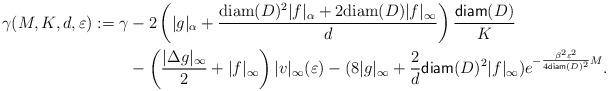
LaTeX: \begin{align*} \gamma(M,K,d,\varepsilon):= \gamma&-2\left(|g|_\alpha+\frac{{\rm diam}(D)^2|f|_\alpha+2{\rm diam}(D)|f|_\infty}{d}\right)\frac{{\sf diam}(D)}{K}\\&-\left(\frac{|\Delta g|_{\infty}}{2} + |f|_\infty \right)|v|_{\infty}(\varepsilon) - (8|g|_\infty+ \frac{2}{d}{\sf diam}(D)^2|f|_\infty)e^{-\frac{\beta^2\varepsilon^2}{4{\sf diam}(D)^2}M}.\end{align*}